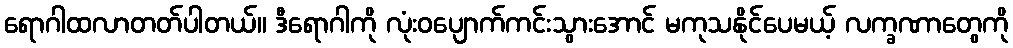
ရောဂါထလာတတ်ပါတယ်။ ဒီရောဂါကို လုံးဝပျောက်ကင်းသွားအောင် မကုသနိုင်ပေမယ့် လက္ခဏာတွေကို